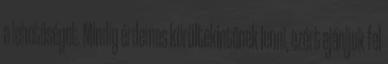
a lehetőséget. Mindig érdemes körültekintőnek lenni, ezért ajánljuk fel